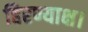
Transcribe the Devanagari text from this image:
हिरण्याक्ष।